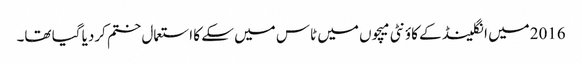
2016میں انگلینڈ کے کاؤنٹی میچوں میں ٹاس میں سکے کا استعمال ختم کردیا گیا تھا۔